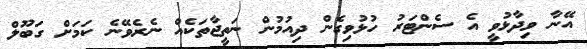
އޭނާ ވިދާޅުވީ އެ ސެންޓަރު ހުޅުވިގެން ދިއުމުން ނަތީޖާތަކެއް ނެރެވޭނެ ކަމަށް ގަބޫލް